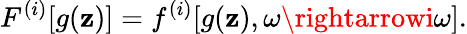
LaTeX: F^{(i)}[g(\mathbf{z})]=f^{(i)}[g(\mathbf{z}),\omega\rightarrowi\omega].